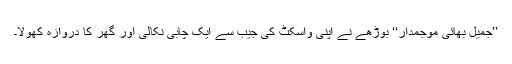
’’جمیل بھائی موجمدار‘‘ بوڑھے نے اپنی واسکٹ کی جیب سے ایک چابی نکالی اور گھر کا دروازہ کھولا۔